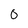
Character: 0